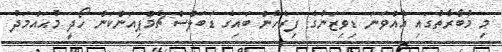
މި މުބާރާތުގައި އެއްވަނަ ޑިވިޒަނުގެ ފިރެހެން ބައިގެ ޑަބަލްސް ޗެމްޕިއަންކަން ހޯދީ މުޙައްމަދު